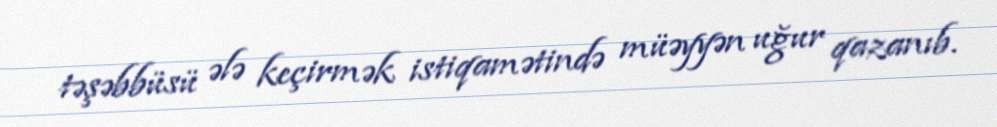
təşəbbüsü ələ keçirmək istiqamətində müəyyən uğur qazanıb.